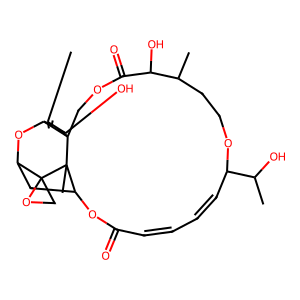
SMILES: CC1=CC2OC3CC4OC(=O)C=CC=CC(C(C)O)OCCC(C)C(O)C(=O)OCC2(CC1O)C4(C)C31CO1
Inhibits HIV replication: No